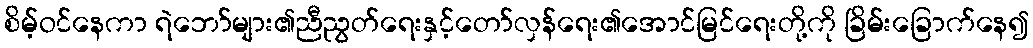
စိမ့်ဝင်နေကာ ရဲဘော်များ၏ညီညွတ်ရေးနှင့်တော်လှန်ရေး၏အောင်မြင်ရေးတို့ကို ခြိမ်းခြောက်နေ၍